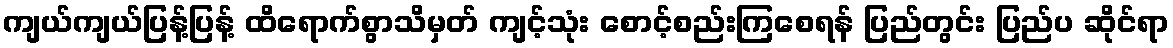
ကျယ်ကျယ်ပြန့်ပြန့် ထိရောက်စွာသိမှတ် ကျင့်သုံး စောင့်စည်းကြစေရန် ပြည်တွင်း ပြည်ပ ဆိုင်ရာ